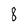
Character: 8